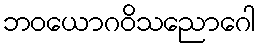
ဘဝယောဂဝိသညောဂေါ